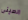
الصينى